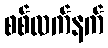
စစ်လက်နက်